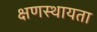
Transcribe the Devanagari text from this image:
क्षणस्थायता